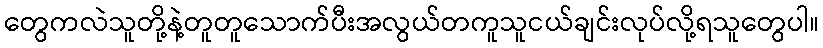
တွေကလဲသူတို့နဲ့တူတူသောက်ပီးအလွယ်တကူသူငယ်ချင်းလုပ်လို့ရသူတွေပါ။